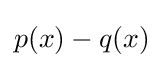
p(x)-q(x)